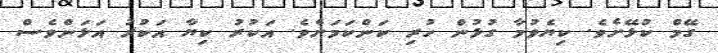
ގޭމް ކުޅޭށެވެ. ކިޔެވުމާ ގުޅުން ހުރި ކަންކަމަށެވެ. އަކުރު ކިޔާ އަކުރު އަޅަންވެސް